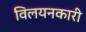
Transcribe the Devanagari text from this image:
विलयनकारी